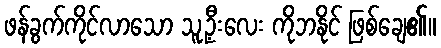
ဖန်ခွက်ကိုင်လာသော သူ့ဦးလေး ကိုဘနိုင် ဖြစ်ချေ၏။